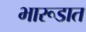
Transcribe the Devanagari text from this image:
भारूडात